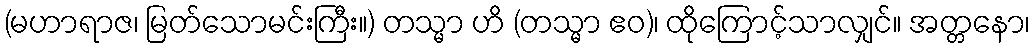
(မဟာရာဇ၊ မြတ်သောမင်းကြီး။) တသ္မာ ဟိ (တသ္မာ ဧဝ)၊ ထိုကြောင့်သာလျှင်။ အတ္တနော၊